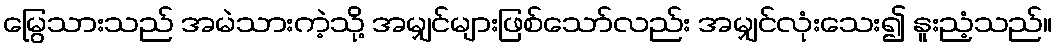
မြွေသားသည် အမဲသားကဲ့သို့ အမျှင်များဖြစ်သော်လည်း အမျှင်လုံးသေး၍ နူးညံ့သည်။